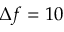
\Delta f = 1 0